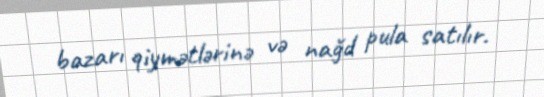
bazarı qiymətlərinə və nağd pula satılır.